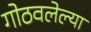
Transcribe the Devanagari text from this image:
गोठवलेल्या